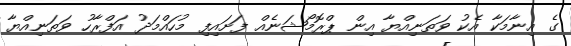
ގެ އިނާމަކާ އެކު ވަތަނިއްޔާ އިން ޕްރޮމޯޝަނެއް ފަށައިފި މުހައްމަދު އަފްރާހު ވަތަނިއްޔާ